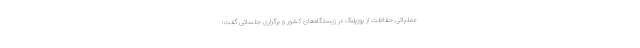
عملیاتی حفاظت از یوزپلنگ در زیستگاه‌های کشور و برگزاری جلساتی گفت: